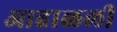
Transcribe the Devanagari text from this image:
आहाळली